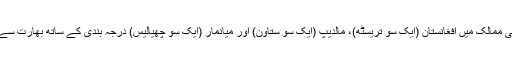
جنوبی ایشیائی ممالک میں افغانستان (ایک سو تریسٹھ)، مالدیپ (ایک سو ستاون) اور میانمار (ایک سو چھیالیس) درجہ بندی کے ساتھ بھارت سے پیچھے ہیں۔